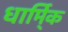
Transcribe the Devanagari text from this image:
धार्मि्क